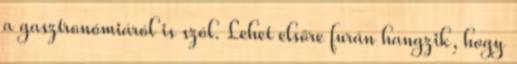
a gasztronómiáról is szól. Lehet elsőre furán hangzik, hogy